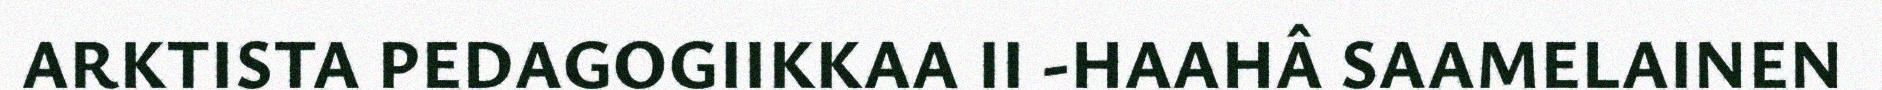
ARKTISTA PEDAGOGIIKKAA II -HAAHÂ SAAMELAINEN